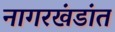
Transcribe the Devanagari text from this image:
नागरखंडांत